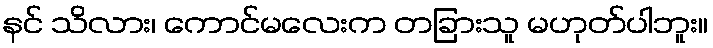
နင် သိလား၊ ကောင်မလေးက တခြားသူ မဟုတ်ပါဘူး။